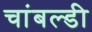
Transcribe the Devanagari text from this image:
चांबल्डी